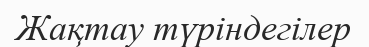
Жақтау түріндегілер